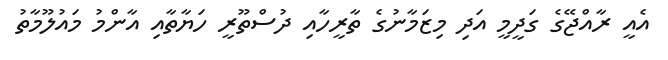
އެއީ ރާއްޖޭގެ ގަދީމީ އަދި މިޒަމާނުގެ ތާރީހާއި ދުސްތޫރީ ހަޔާތާއި އާންމު މައުލޫމާތު